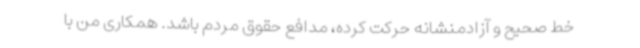
خط صحیح و آزادمنشانه حرکت کرده، مدافع حقوق مردم باشد. همکاری من با